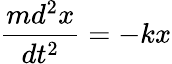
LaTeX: \frac{md^{2}x}{dt^{2}}=-kx